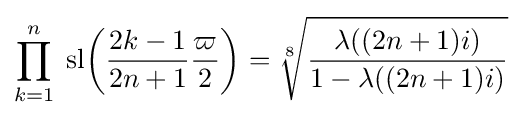
\prod _{k=1}^{n}\;{\operatorname {sl} }{\left({\frac {2k-1}{2n+1}}{\frac {\varpi }{2}}\right)}={\sqrt[{8}]{\frac {\lambda ((2n+1)i)}{1-\lambda ((2n+1)i)}}}